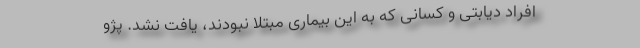
افراد دیابتی و کسانی که به این بیماری مبتلا نبودند، یافت نشد. پژو